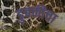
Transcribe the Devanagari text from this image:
डुबकीचा